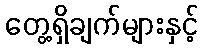
တွေ့ရှိချက်များနှင့်